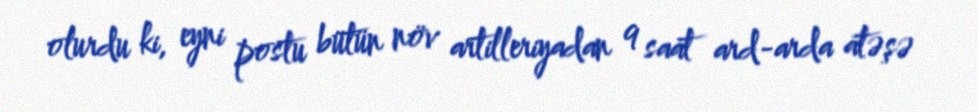
olurdu ki, eyni postu bütün növ artilleriyadan 9 saat ard-arda atəşə